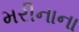
મરીનાના